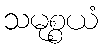
သမုစ္စယံ